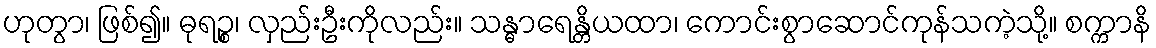
ဟုတွာ၊ ဖြစ်၍။ ဓုရဉ္စ၊ လှည်းဦးကိုလည်း။ သန္ဓာရေန္တိယထာ၊ ကောင်းစွာဆောင်ကုန်သကဲ့သို့။ စက္ကာနိ